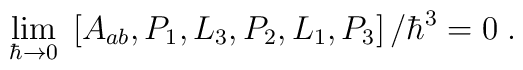
\lim_{\hbar\rightarrow0}\;\left[  A_{ab},P_{1},L_{3},P_{2},L_{1},P_{3}\right]/\hbar^{3}=0\;.